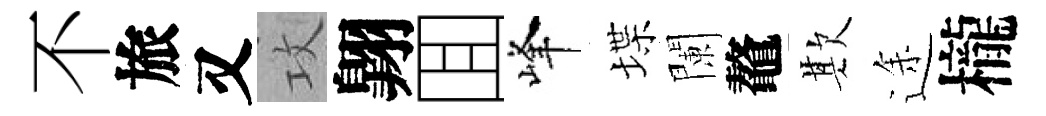
不旅又攻翺囬峰堞闌鼇欺途櫳